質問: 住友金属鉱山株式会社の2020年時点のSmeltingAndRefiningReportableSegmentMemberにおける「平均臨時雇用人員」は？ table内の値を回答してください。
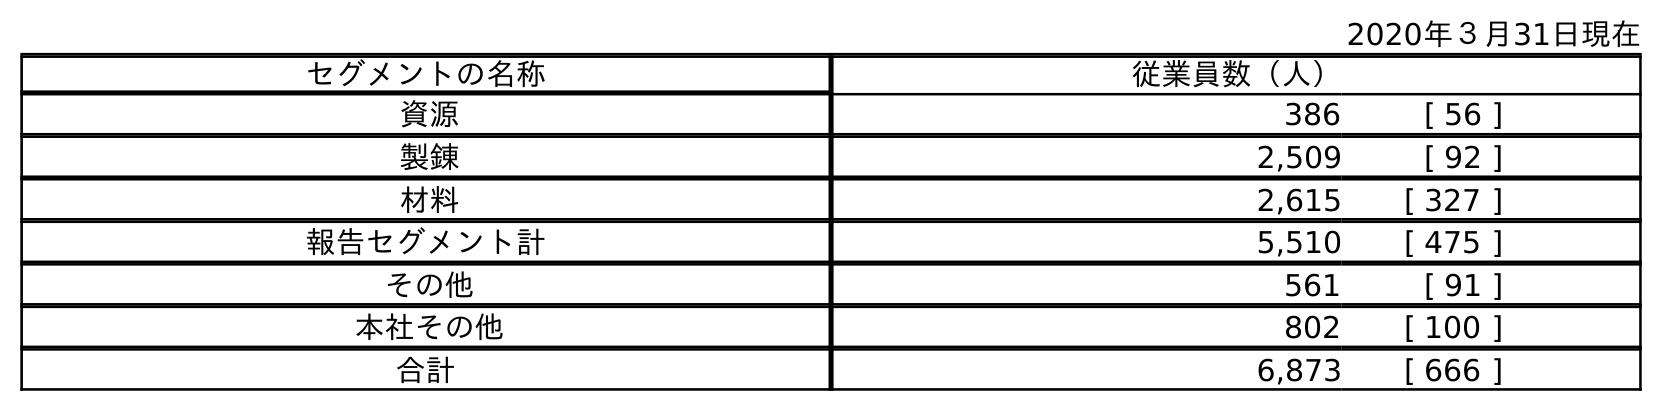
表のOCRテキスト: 2020年３月31日現在 セグメントの名称 従業員数（人） 資源 386 [ 56 ] 製錬 2,509 [ 92 ] 材料 2,615 [ 327 ] 報告セグメント計 5,510 [ 475 ] その他 561 [ 91 ] 本社その他 802 [ 100 ] 合計 6,873 [ 666 ]
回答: [92]